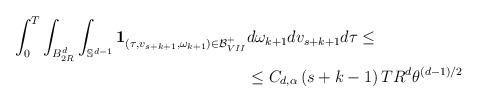
LaTeX: \begin{align*}\begin{aligned}\int_0^T \int_{B_{2R}^d} \int_{\mathbb{S}^{d-1}} \mathbf{1}_{\left(\tau,v_{s+k+1},\omega_{k+1}\right) \in \mathcal{B}^+_{VII}} & d\omega_{k+1} dv_{s+k+1} d\tau \leq \\& \leq C_{d,\alpha} \left( s+k-1 \right) T R^d \theta^{(d-1)/2}\end{aligned}\end{align*}